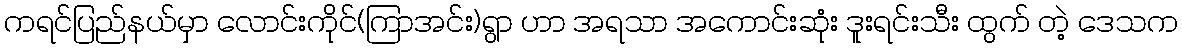
ကရင်ပြည်နယ်မှာ လောင်းကိုင်(ကြာအင်း)ရွာ ဟာ အရသာ အကောင်းဆုံး ဒူးရင်းသီး ထွက် တဲ့ ဒေသက